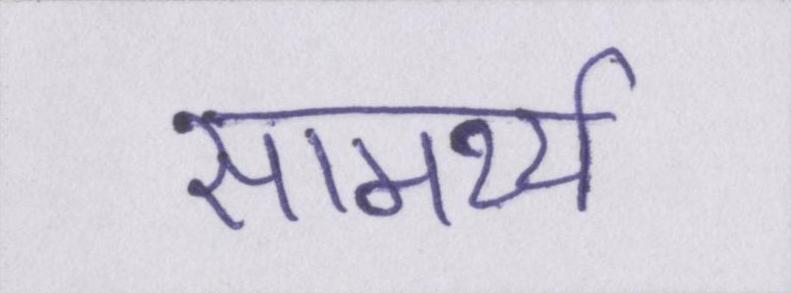
सामर्थ्य